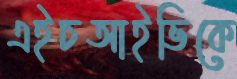
এইচআইভিকে